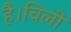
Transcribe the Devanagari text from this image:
है।चिली